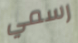
رسمي